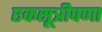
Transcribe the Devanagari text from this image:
एकसूत्रीपणा